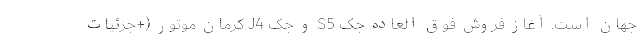
جهان است. آغاز فروش فوق العاده جک S5 و جک J4 کرمان موتور (+جزئیات